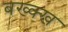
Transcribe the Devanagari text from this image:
बख्क्ख